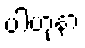
ပါဟုနာ